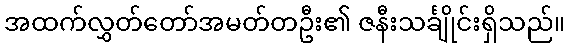
အထက်လွှတ်တော်အမတ်တဦး၏ ဇနီးသင်္ချိုင်းရှိသည်။